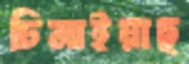
চিনাইয়াছ